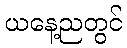
ယနေ့ညတွင်